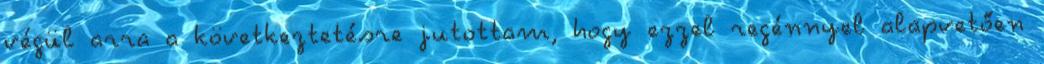
végül arra a következtetésre jutottam, hogy ezzel regénnyel alapvetően